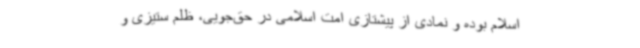
اسلام بوده و نمادی از پیشتازی امت اسلامی در حق‌جویی، ظلم ستیزی و